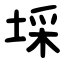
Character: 埰